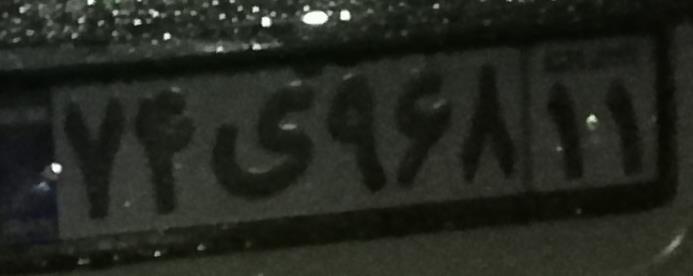
۷۴ی۹۶۸۱۱